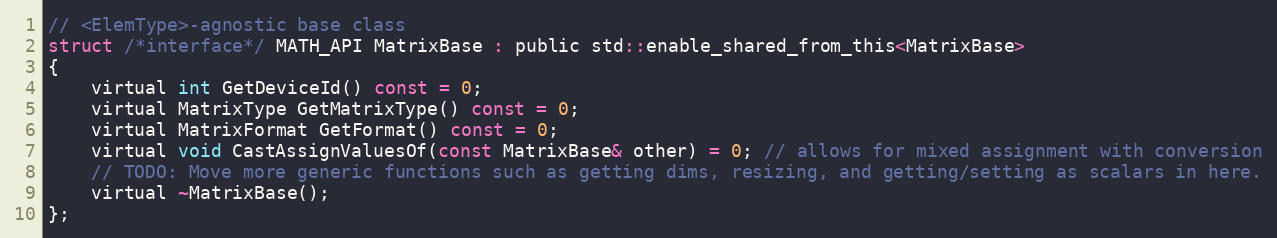
Language: C
// <ElemType>-agnostic base class
struct /*interface*/ MATH_API MatrixBase : public std::enable_shared_from_this<MatrixBase>
{
    virtual int GetDeviceId() const = 0;
    virtual MatrixType GetMatrixType() const = 0;
    virtual MatrixFormat GetFormat() const = 0;
    virtual void CastAssignValuesOf(const MatrixBase& other) = 0; // allows for mixed assignment with conversion
    // TODO: Move more generic functions such as getting dims, resizing, and getting/setting as scalars in here.
    virtual ~MatrixBase();
};